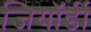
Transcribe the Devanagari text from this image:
जियॉर्डी